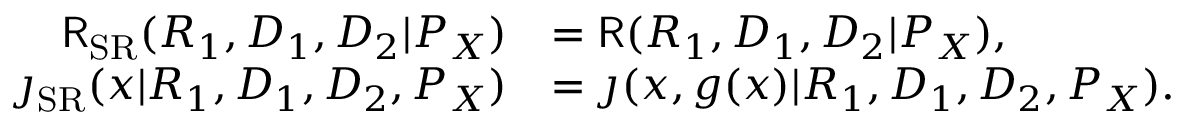
\begin{array} { r l } { \mathsf { R } _ { \mathrm { { S R } } } ( R _ { 1 } , D _ { 1 } , D _ { 2 } | P _ { X } ) } & { = \mathsf { R } ( R _ { 1 } , D _ { 1 } , D _ { 2 } | P _ { X } ) , } \\ { \jmath _ { \mathrm { S R } } ( x | R _ { 1 } , D _ { 1 } , D _ { 2 } , P _ { X } ) } & { = \jmath ( x , g ( x ) | R _ { 1 } , D _ { 1 } , D _ { 2 } , P _ { X } ) . } \end{array}